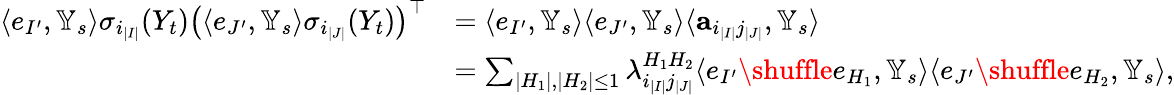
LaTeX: \begin{array}{rl}{\langle e_{I^{\prime}},{\mathbb Y}_{s}\rangle\sigma_{i_{|I|}}(Y_{t})\big(\langle e_{J^{\prime}},{\mathbb Y}_{s}\rangle\sigma_{i_{|J|}}(Y_{t})\big)^{\top}}&{=\langle e_{I^{\prime}},{\mathbb Y}_{s}\rangle\langle e_{J^{\prime}},{\mathbb Y}_{s}\rangle\langle{\mathbf a}_{i_{|I|}j_{|J|}},{\mathbb Y}_{s}\rangle}\\ &{=\sum_{|H_{1}|,|H_{2}|\leq 1}\lambda_{i_{|I|}j_{|J|}}^{H_{1}H_{2}}\langle e_{I^{\prime}}\shuffle e_{H_{1}},{\mathbb Y}_{s}\rangle\langle e_{J^{\prime}}\shuffle e_{H_{2}},{\mathbb Y}_{s}\rangle,}\end{array}